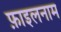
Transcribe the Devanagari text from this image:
फ़ाइलनाम